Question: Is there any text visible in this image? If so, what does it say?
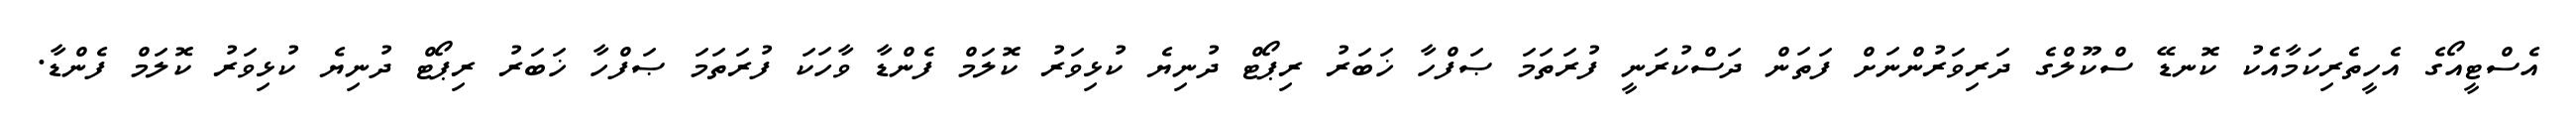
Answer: އެސްޓީއޯގެ އެހީތެރިކަމާއެކު ކޮނޑޭ ސްކޫލްގެ ދަރިވަރުންނަށް ފަތަން ދަސްކުރަނީ ފުރަތަމަ ޞަފްހާ ޚަބަރު ރިޕޯޓް ދުނިޔެ ކުޅިވަރު ކޮލަމް ފެންޑާ ވާހަކަ ފުރަތަމަ ޞަފްހާ ޚަބަރު ރިޕޯޓް ދުނިޔެ ކުޅިވަރު ކޮލަމް ފެންޑާ.